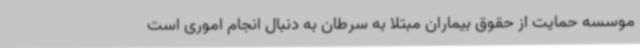
موسسه حمایت از حقوق بیماران مبتلا به سرطان به دنبال انجام اموری است